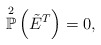
\begin{align*} \overset{2}{\mathbb{P}}\left(\tilde{E}^T\right)=0,\end{align*}